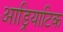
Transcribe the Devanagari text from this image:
आड्रियाटिक